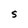
Character: S